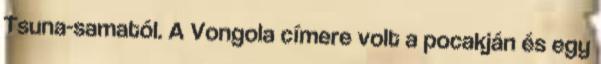
Tsuna-samatól. A Vongola címere volt a pocakján és egy